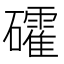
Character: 礭